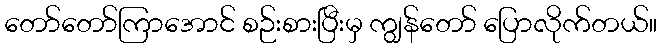
တော်တော်ကြာအောင် စဉ်းစားပြီးမှ ကျွန်တော် ပြောလိုက်တယ်။